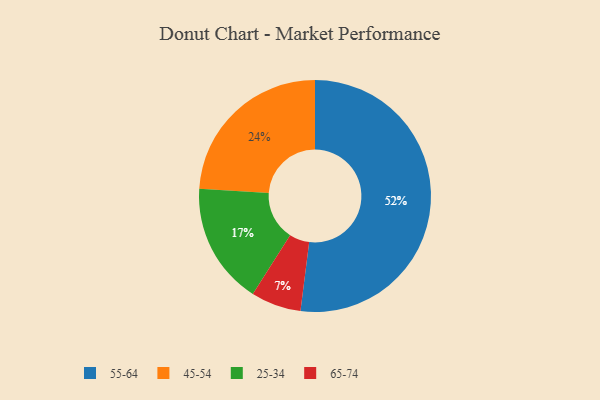
{"axis": {"x": "Category", "y": "Percentage"}, "legend": ["25-34", "45-54", "55-64", "65-74"], "data": [{"x": "45-54", "y": 24, "type": "45-54"}, {"x": "25-34", "y": 17, "type": "25-34"}, {"x": "55-64", "y": 52, "type": "55-64"}, {"x": "65-74", "y": 7, "type": "65-74"}]}